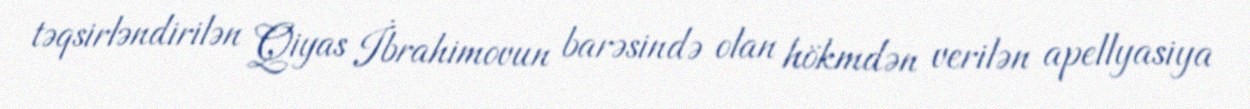
təqsirləndirilən Qiyas İbrahimovun barəsində olan hökmdən verilən apellyasiya